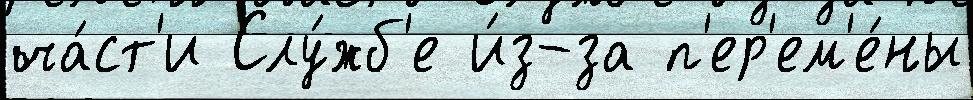
ча́ст'и Слу́жб'е и́з-за п'ер'ем'е́ны